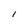
Character: l